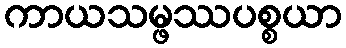
ကာယသမ္ဖဿပစ္စယာ